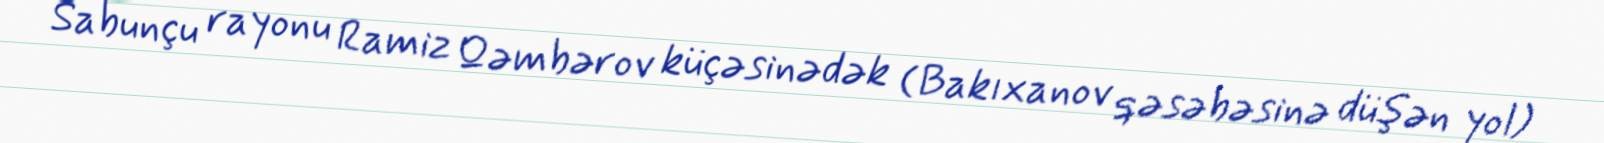
Sabunçu rayonu Ramiz Qəmbərov küçəsinədək (Bakıxanov qəsəbəsinə düşən yol)